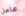
عامل